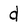
Character: d